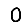
Digit: 0